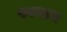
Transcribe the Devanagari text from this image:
स्वच्छत